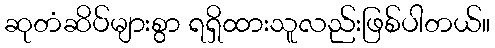
ဆုတံဆိပ်များစွာ ရရှိထားသူလည်းဖြစ်ပါတယ်။